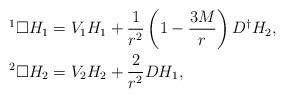
LaTeX: \begin{align*}{}^1\Box H_1&=V_1H_1+\frac{1}{r^2}\left(1-\frac{3M}{r}\right)D^\dagger H_2,\\{}^2\Box H_2&=V_2H_2+\frac{2}{r^2}DH_1,\end{align*}